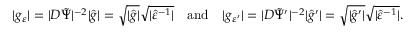
\lvert g _ { \varepsilon } \rvert = \lvert D \tilde { \Psi } \rvert ^ { - 2 } \lvert \hat { g } \rvert = \sqrt { \lvert \hat { g } \rvert } \sqrt { \lvert \hat { \varepsilon } ^ { - 1 } \rvert } \quad \mathrm { a n d } \quad \lvert g _ { \varepsilon ^ { \prime } } \rvert = \lvert D \tilde { \Psi } ^ { \prime } \rvert ^ { - 2 } \lvert \hat { g } ^ { \prime } \rvert = \sqrt { \lvert \hat { g } ^ { \prime } \rvert } \sqrt { \lvert \hat { \varepsilon } ^ { - 1 } \rvert } .